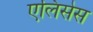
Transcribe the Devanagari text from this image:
एलिसेस